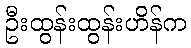
ဦးထွန်းထွန်းဟိန်က